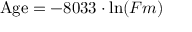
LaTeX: { \mathrm { A g e } } = - 8 0 3 3 \cdot \ln ( F m )